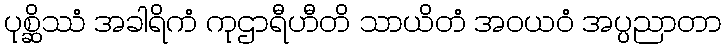
ပုစ္ဆိဿံ အခါရိကံ ကုဌာရီဟီတိ သာယိတံ အဝယဝံ အပ္ပညာတာ